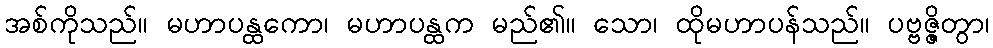
အစ်ကိုသည်။ မဟာပန္ထကော၊ မဟာပန္ထက မည်၏။ သော၊ ထိုမဟာပန်သည်။ ပဗ္ဗဇ္ဇိတွာ၊